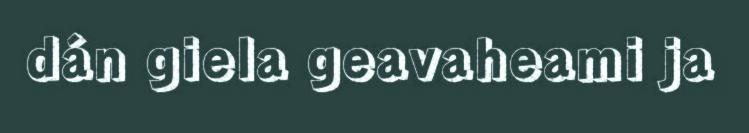
dán giela geavaheami ja